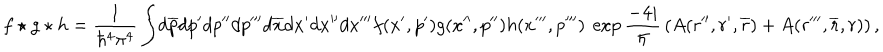
f \star g \star h = { \frac { 1 } { \hbar ^ { 4 } \pi ^ { 4 } } } \int \! d \overline { { { p } } } d p ^ { \prime } d p ^ { \prime \prime } d p ^ { \prime \prime \prime } d \overline { { { x } } } d x ^ { \prime } d x ^ { \prime \prime } d x ^ { \prime \prime \prime } f ( x ^ { \prime } , p ^ { \prime } ) g ( x ^ { \prime \prime } , p ^ { \prime \prime } ) h ( x ^ { \prime \prime \prime } , p ^ { \prime \prime \prime } ) ~ \exp { \frac { - 4 i } { \hbar } } \left( A ( r ^ { \prime \prime } , r ^ { \prime } , \overline { { { r } } } ) + A ( r ^ { \prime \prime \prime } , \overline { { { r } } } , r ) \right) ,